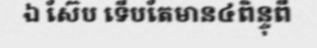
ឯ ស៊ែប ទើបតែមាន៤ពិន្ទុពី